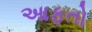
આફતો